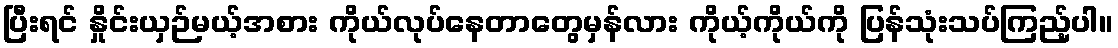
ပြီးရင် နှိုင်းယှဉ်မယ့်အစား ကိုယ်လုပ်နေတာတွေမှန်လား ကိုယ့်ကိုယ်ကို ပြန်သုံးသပ်ကြည့်ပါ။